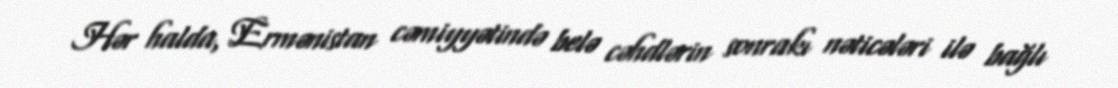
Hər halda, Ermənistan cəmiyyətində belə cəhdlərin sonrakı nəticələri ilə bağlı